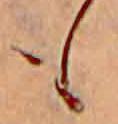
も